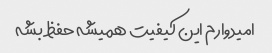
امیدوارم این کیفیت همیشه حفظ بشه